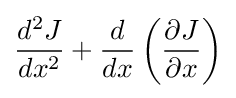
{d^{2}J \over dx^{2}}+{d \over dx}\left({\partial J \over \partial x}\right)